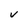
Character: V